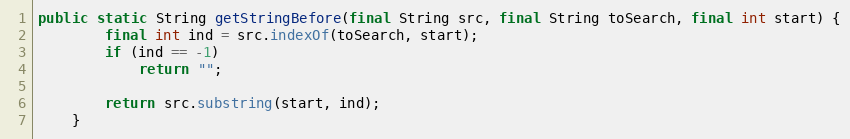
Language: Java
public static String getStringBefore(final String src, final String toSearch, final int start) {
		final int ind = src.indexOf(toSearch, start);
		if (ind == -1)
			return "";

		return src.substring(start, ind);
	}